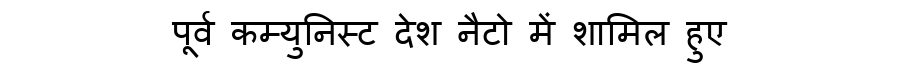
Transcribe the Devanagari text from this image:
पूर्व कम्युनिस्ट देश नैटो में शामिल हुए